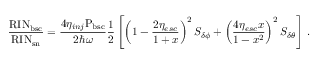
\mathrm { \frac { R I N _ { b s c } } { R I N _ { s n } } } = \frac { 4 \eta _ { i n j } \mathrm { P _ { b s c } } } { 2 \hbar \omega } \frac { 1 } { 2 } \left[ \left( 1 - \frac { 2 \eta _ { e s c } } { 1 + x } \right) ^ { 2 } S _ { \delta \phi } + \left( \frac { 4 \eta _ { e s c } x } { 1 - x ^ { 2 } } \right) ^ { 2 } S _ { \delta \theta } \right] \, .